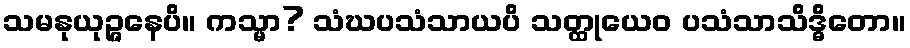
သမနုယုဉ္ဇနေပိ။ ကသ္မာ? သံဃပသံသာယပိ သတ္ထုယေဝ ပသံသာသိဒ္ဓိတော။